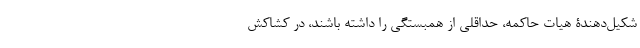
شکیل‌دهندۀ هیات حاکمه، حداقلی از همبستگی را داشته باشند، در کشاکش